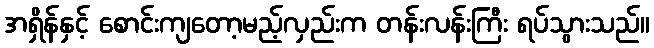
အရှိန်နှင့် စောင်းကျတော့မည့်လှည်းက တန်းလန်းကြီး ရပ်သွားသည်။